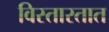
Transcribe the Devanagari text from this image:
विस्तारतात